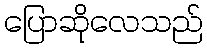
ပြောဆိုလေသည်